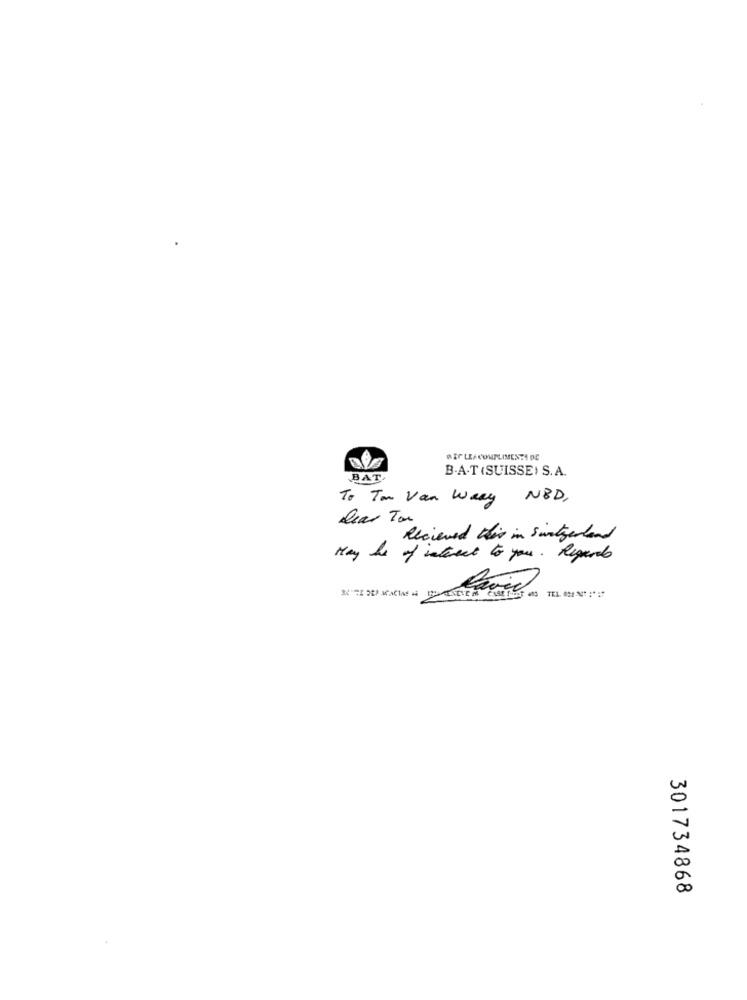
B.A.T (SUISSE) S.A.
BAT.
To Tan Van Wary NBD,
Dear Ton
Recieved this in switzerland
Hay hs of interest to you. Regards
301734868